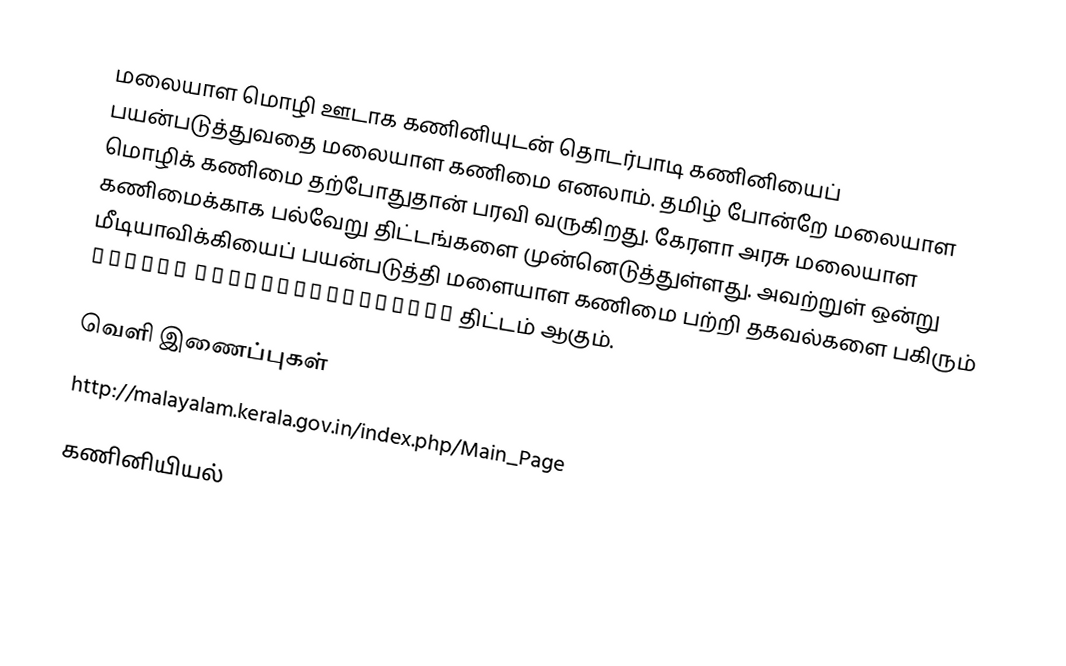
மலையாள மொழி ஊடாக கணினியுடன் தொடர்பாடி கணினியைப் பயன்படுத்துவதை மலையாள கணிமை எனலாம்.  தமிழ் போன்றே மலையாள மொழிக் கணிமை தற்போதுதான் பரவி வருகிறது.  கேரளா அரசு மலையாள கணிமைக்காக பல்வேறு திட்டங்களை முன்னெடுத்துள்ளது.  அவற்றுள் ஒன்று மீடியாவிக்கியைப் பயன்படுத்தி மளையாள கணிமை பற்றி தகவல்களை பகிரும் മലയാളം കമ്പ്യൂട്ടറിലൂടെ  திட்டம் ஆகும்.

வெளி இணைப்புகள்
 http://malayalam.kerala.gov.in/index.php/Main_Page

கணினியியல்